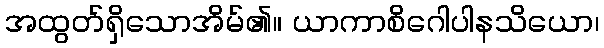
အထွတ်ရှိသောအိမ်၏။ ယာကာစိဂေါပါနသိယော၊